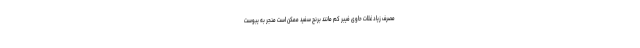
مصرف زیاد غلات حاوی فیبر کم مانند برنج سفید ممکن است منجر به یبوست